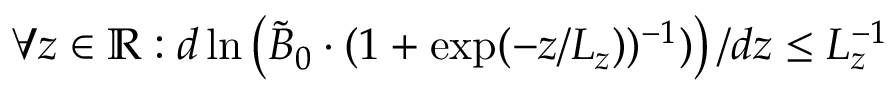
\forall z \in \mathbb { R } : d \ln \left( \tilde { B } _ { 0 } \cdot ( 1 + \exp ( - z / L _ { z } ) ) ^ { - 1 } ) \right) / d z \le L _ { z } ^ { - 1 }